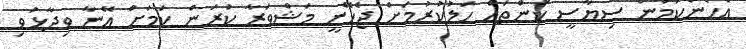
އެހެންކަމުން ސިޔާސީ ކަންތައް ހަލުކުރުމަށް ޖެހޭނީ މަޝްވަރާ ކުރަން ކަމަށް އޭނާ ވިދާޅުވި